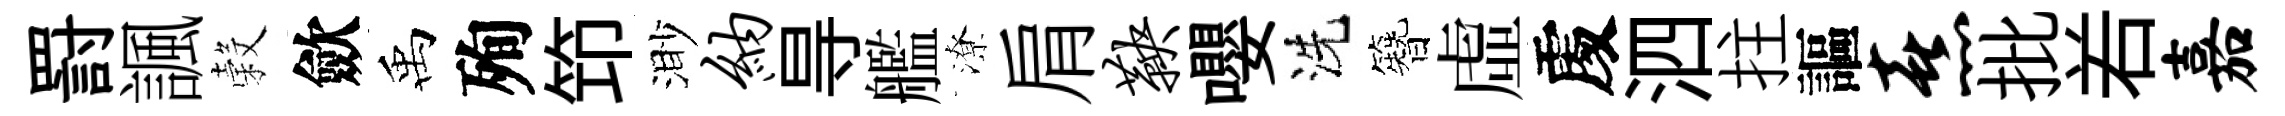
罸諷穀歛禹殉笻渺纳㝵艦潦肩鞅嚶洗簪虛𠁅泗拄謳熹批𠰥嘉